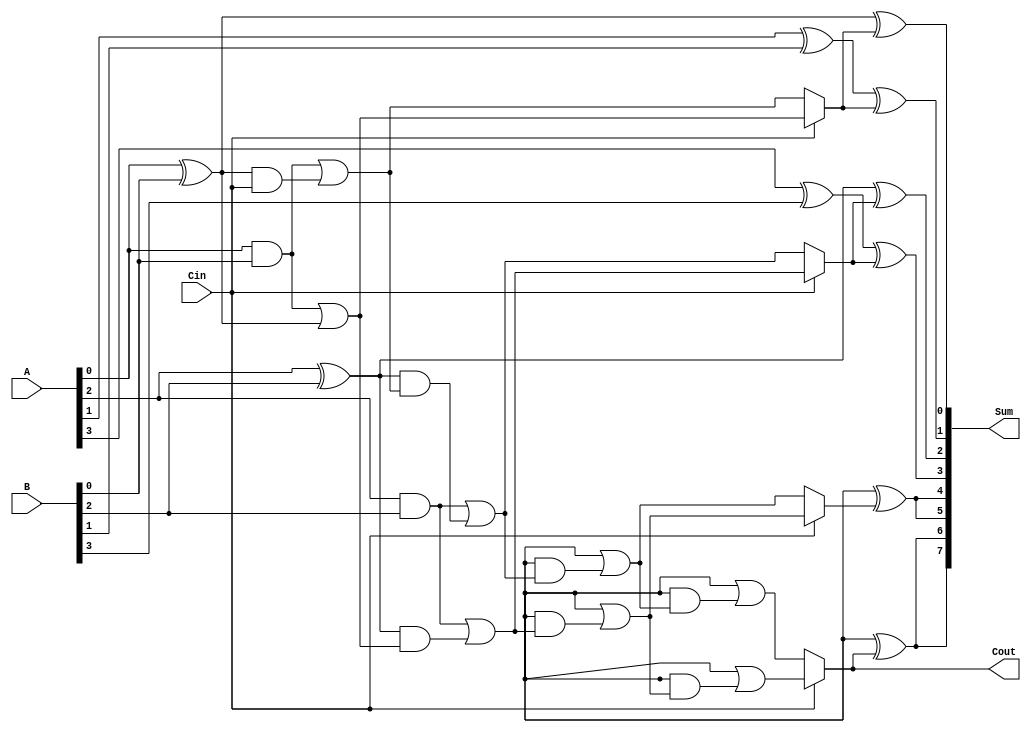
module ConditionalCarrySelectAdder #(parameter n = 8, parameter m = 4) (
    input [n-1:0] A,
    input [n-1:0] B,
    input Cin,
    output [n-1:0] Sum,
    output Cout
);
    localparam k = n / m; // Width of each segment

    // Generate and propagate signals
    wire [m-1:0] G [0:k-1]; // Generate signals for each segment
    wire [m-1:0] P [0:k-1]; // Propagate signals for each segment
    wire [m:0] C; // Carry signals for each segment

    // Carry signals for segments when Cin = 0 and Cin = 1
    wire [m-1:0] C0 [0:m-1]; // Carry when Cin = 0
    wire [m-1:0] C1 [0:m-1]; // Carry when Cin = 1

    // Generate and propagate calculations for each segment
    genvar i, j;
    generate
        for (i = 0; i < m; i = i + 1) begin : gen_prop
            for (j = 0; j < k; j = j + 1) begin : bit_gen
                assign G[i][j] = A[i*k+j] & B[i*k+j]; // Generate
                assign P[i][j] = A[i*k+j] ^ B[i*k+j]; // Propagate
            end
        end
    endgenerate

    // Carry calculations
    generate
        for (i = 0; i < m; i = i + 1) begin : carry_calc
            if (i == 0) begin
                assign C0[i] = G[i] | (P[i] & Cin);
                assign C1[i] = G[i] | (P[i] & 1'b1);
            end else begin
                assign C0[i] = G[i] | (P[i] & C0[i-1]);
                assign C1[i] = G[i] | (P[i] & C1[i-1]);
            end
        end
    endgenerate

    // Select the appropriate carry based on Cin
    assign C[m] = Cin ? C1[m-1] : C0[m-1];

    // Sum calculation
    generate
        for (i = 0; i < m; i = i + 1) begin : sum_calc
            for (j = 0; j < k; j = j + 1) begin : bit_sum
                assign Sum[i*k+j] = P[i][j] ^ (Cin ? C1[i] : C0[i]);
            end
        end
    endgenerate

    // Final carry out
    assign Cout = C[m];

endmodule